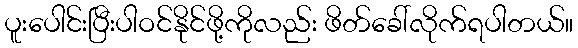
ပူးပေါင်းပြီးပါဝင်နိုင်ဖို့ကိုလည်း ဖိတ်ခေါ်လိုက်ရပါတယ်။